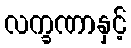
လက္ခဏာနှင့်